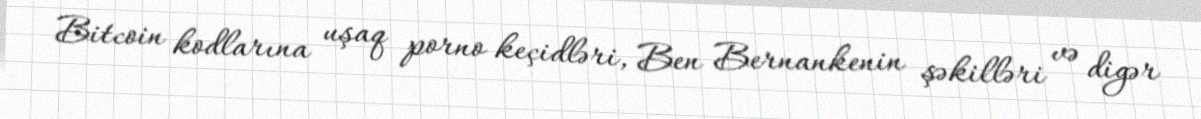
Bitcoin kodlarına uşaq porno keçidləri, Ben Bernankenin şəkilləri və digər